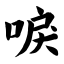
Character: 唳